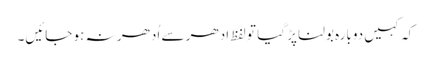
کہ کہیں دوبارہ بولنا پڑ گیا تو لفظ ادھر سے اُدھر نہ ہو جائیں۔